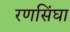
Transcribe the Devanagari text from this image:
रणसिंघा